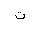
Letter: _ta